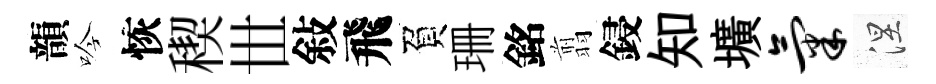
韻吟恢稧𠀍敍飛負珊銘翦鋟知壙气涅